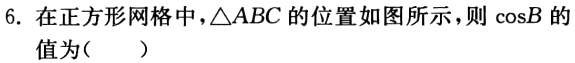
6. 在正方形网格中，\(\triangle ABC\)的位置如图所示，则\(\cos B\)的值为（  ）